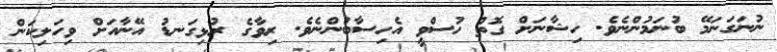
ނުނަގަނަމޭ ބުނަމުންނެވެ. ހިޝާނަށް ގޮތް ހުސްވީ އެހިސާބުންނެވެ. ރިވާގެ ރުޅިގަނޑު އޭނާއަށް ވިހަލިކަން